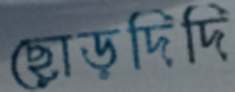
ছোড়দিদি